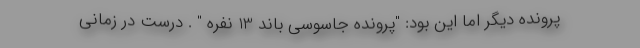
پرونده دیگر اما این بود: "پرونده جاسوسی باند 13 نفره " . درست در زمانی